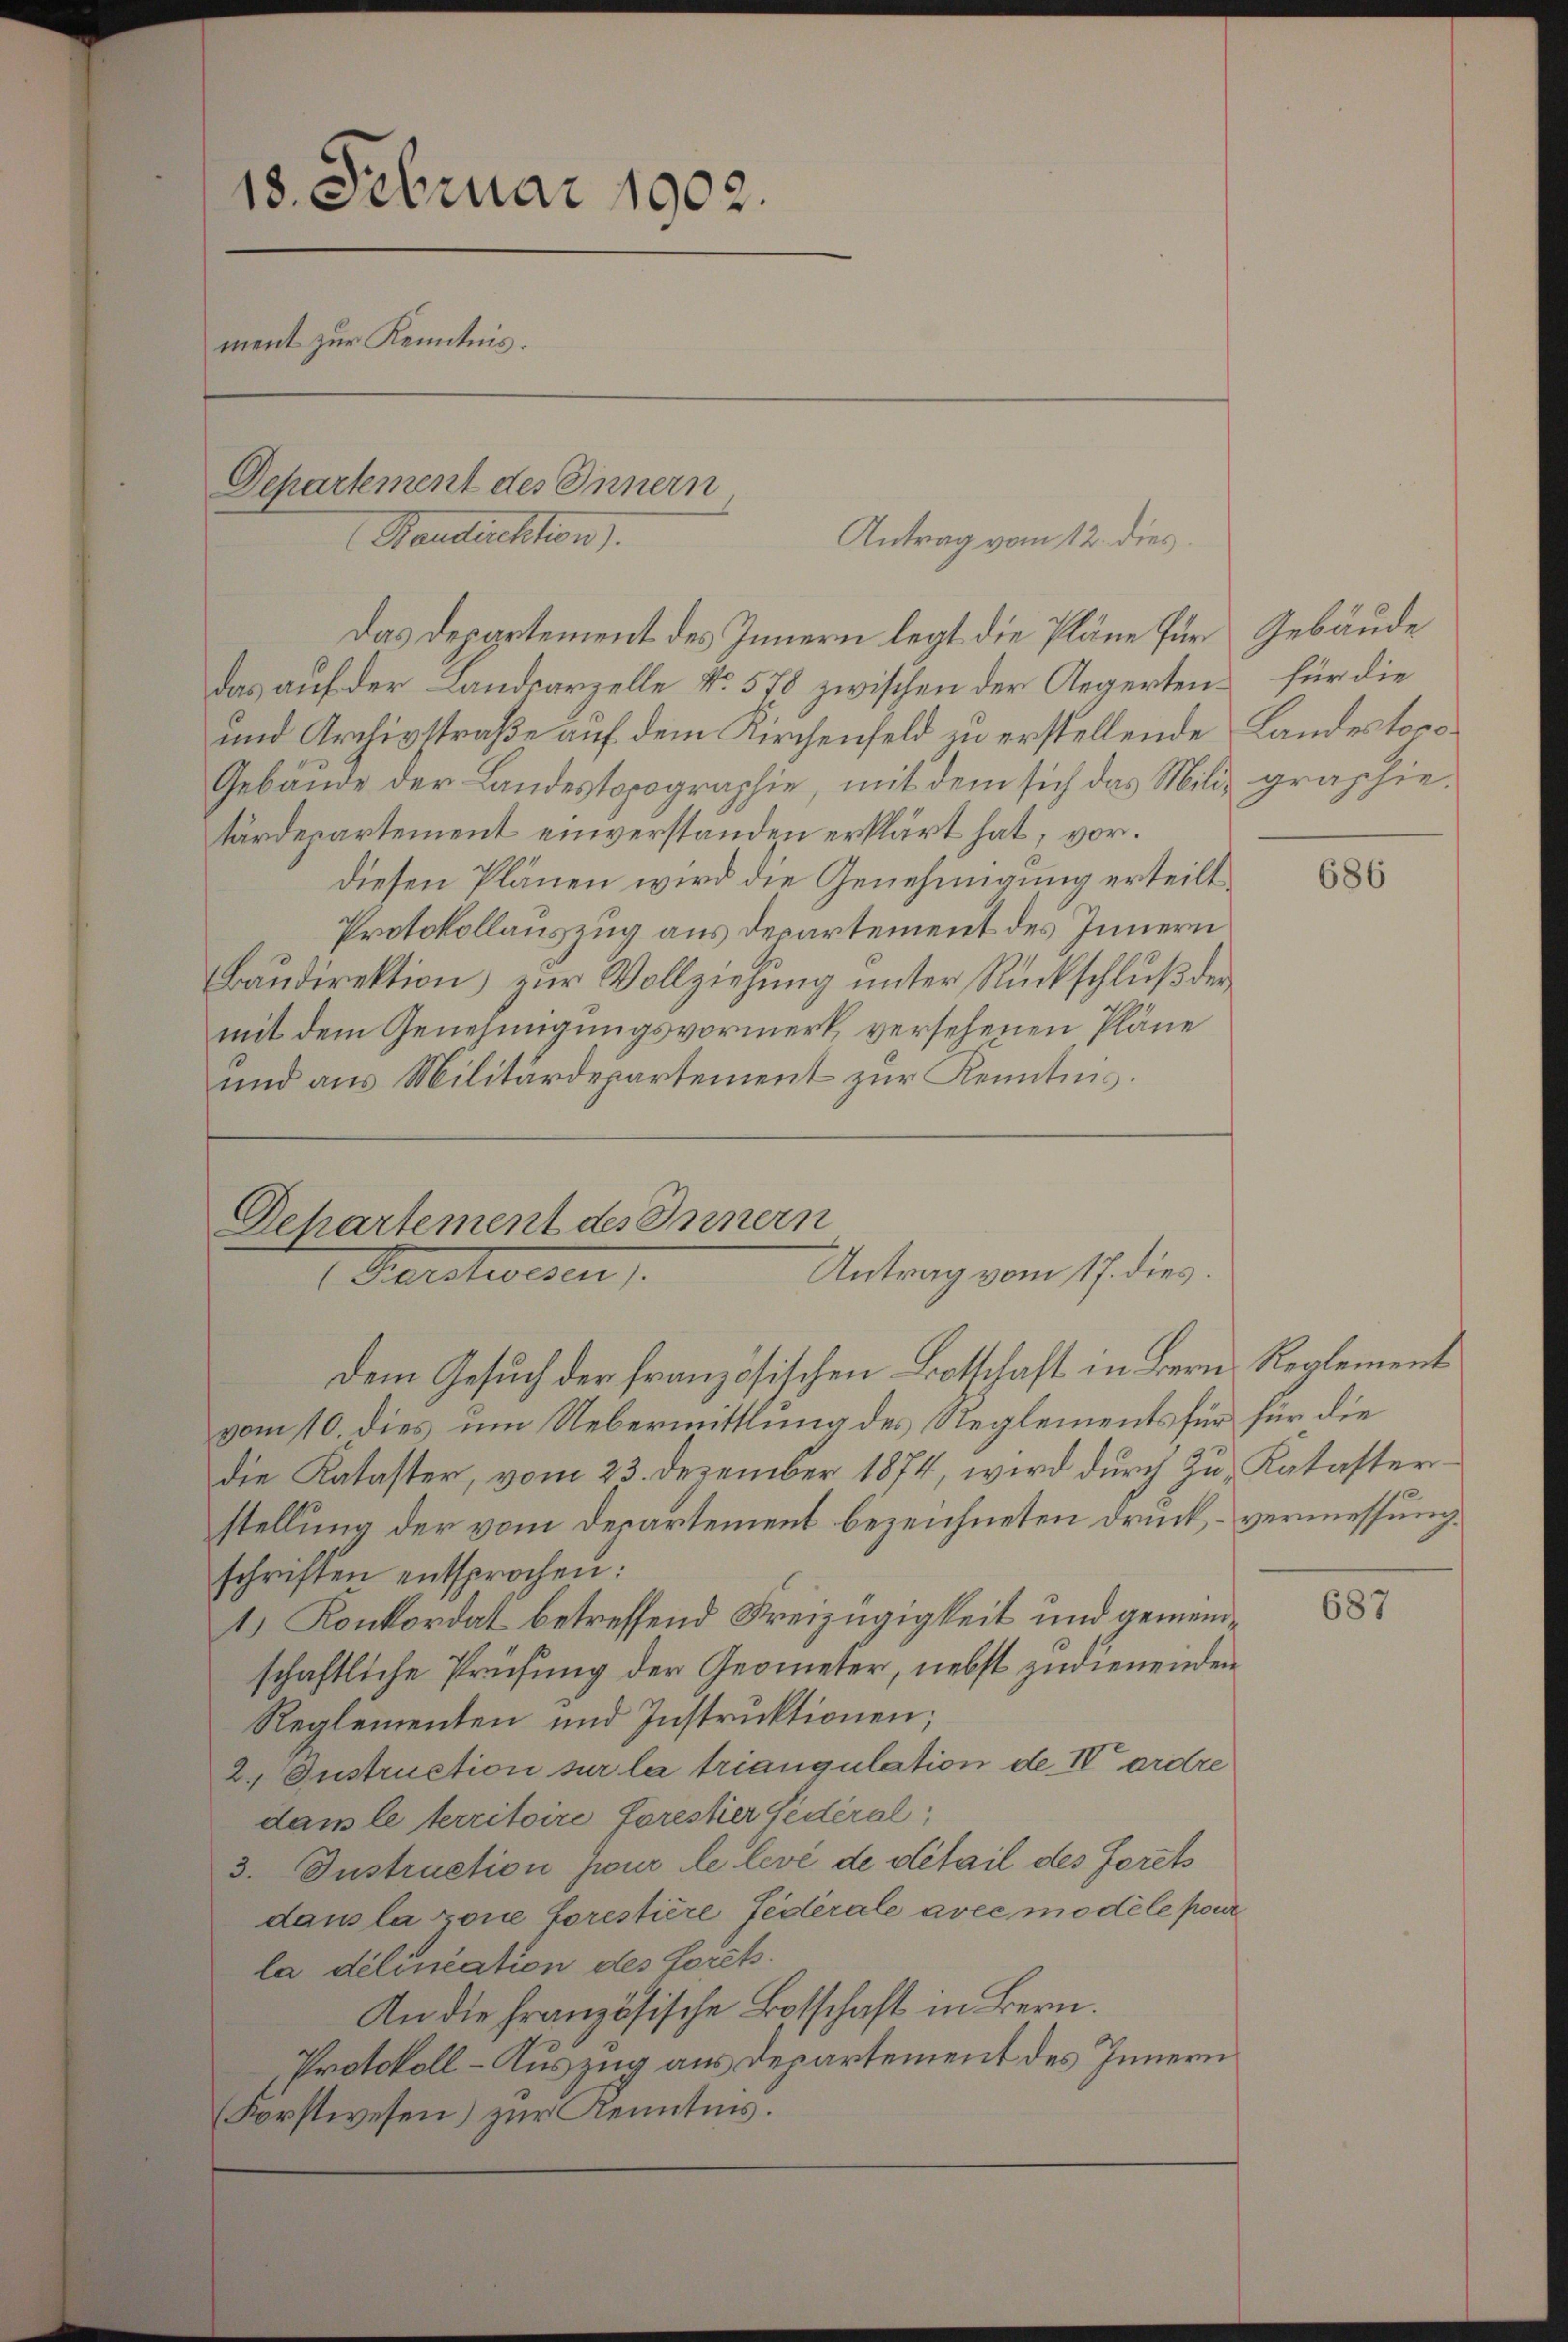
18. Februar 1902.
ment zur Kenntnis.
Departement des Innern
Standtüchten.
Antrag vom 12. dies

Das auf der Landparzelle No 578 zwischen der Aegertens für die
und Archivstraße auf dem Kirchenfeld zu erstellende Landestoro¬
Gebäude der Landestopographie, mit dem sich das Miliz graphietärdepartement einverstanden erklärt hat, vor.
diesen Plänen wird die Genehmigung erteilt,
Protokollauszug aus Departement des Innern
Baudirektion) zur Vollziehung unter Rückschluß der
mit dem Genehmigungsvormerk versehenen Pläne
und aus Militärdepartement zur Kenntnis.

Departement des Innern
Antrag vom 17. dies
 Bieretwesen
Dem Gesuch der französischen Botschaft in Bern Reglement

Das Departement des Innern legt die Pläne für Gebäude

vom 10. dies um Uebermittlung des Reglements für für die
die Kataster, vom 23. Dezember 1874, wird durch zu Katasterstellung der vom Departement bezeichneten Druck, vermessung.
schriften entsprochen:
1) Konkordat betreffend Freizügigkeit und gemeinschaftliche Prüfung der Geometer, nebst zudienenden
Reglementen und Instruktionen;
2. Instruction sur la triangulation de IV ordre
dam le territoire forestier fédéral,
3. Instruction sur le levé de detail des forets
dans la rone Lorestiere Federale avec modele pour
la délincation des forets.
An die französische Botschaft in Bern.
Protokoll - Auszug aus Departement des Innern
Forstwesen) zur Kenntnis.

686

687